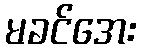
မခင်အေး